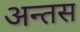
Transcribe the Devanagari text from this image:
अन्तस